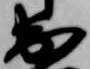
出